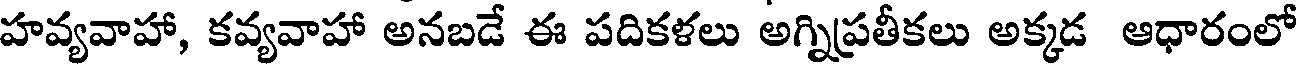
హవ్యవాహా, కవ్యవాహా అనబడే ఈ పదికళలు అగ్నిప్రతీకలు అక్కడ ఆధారంలో